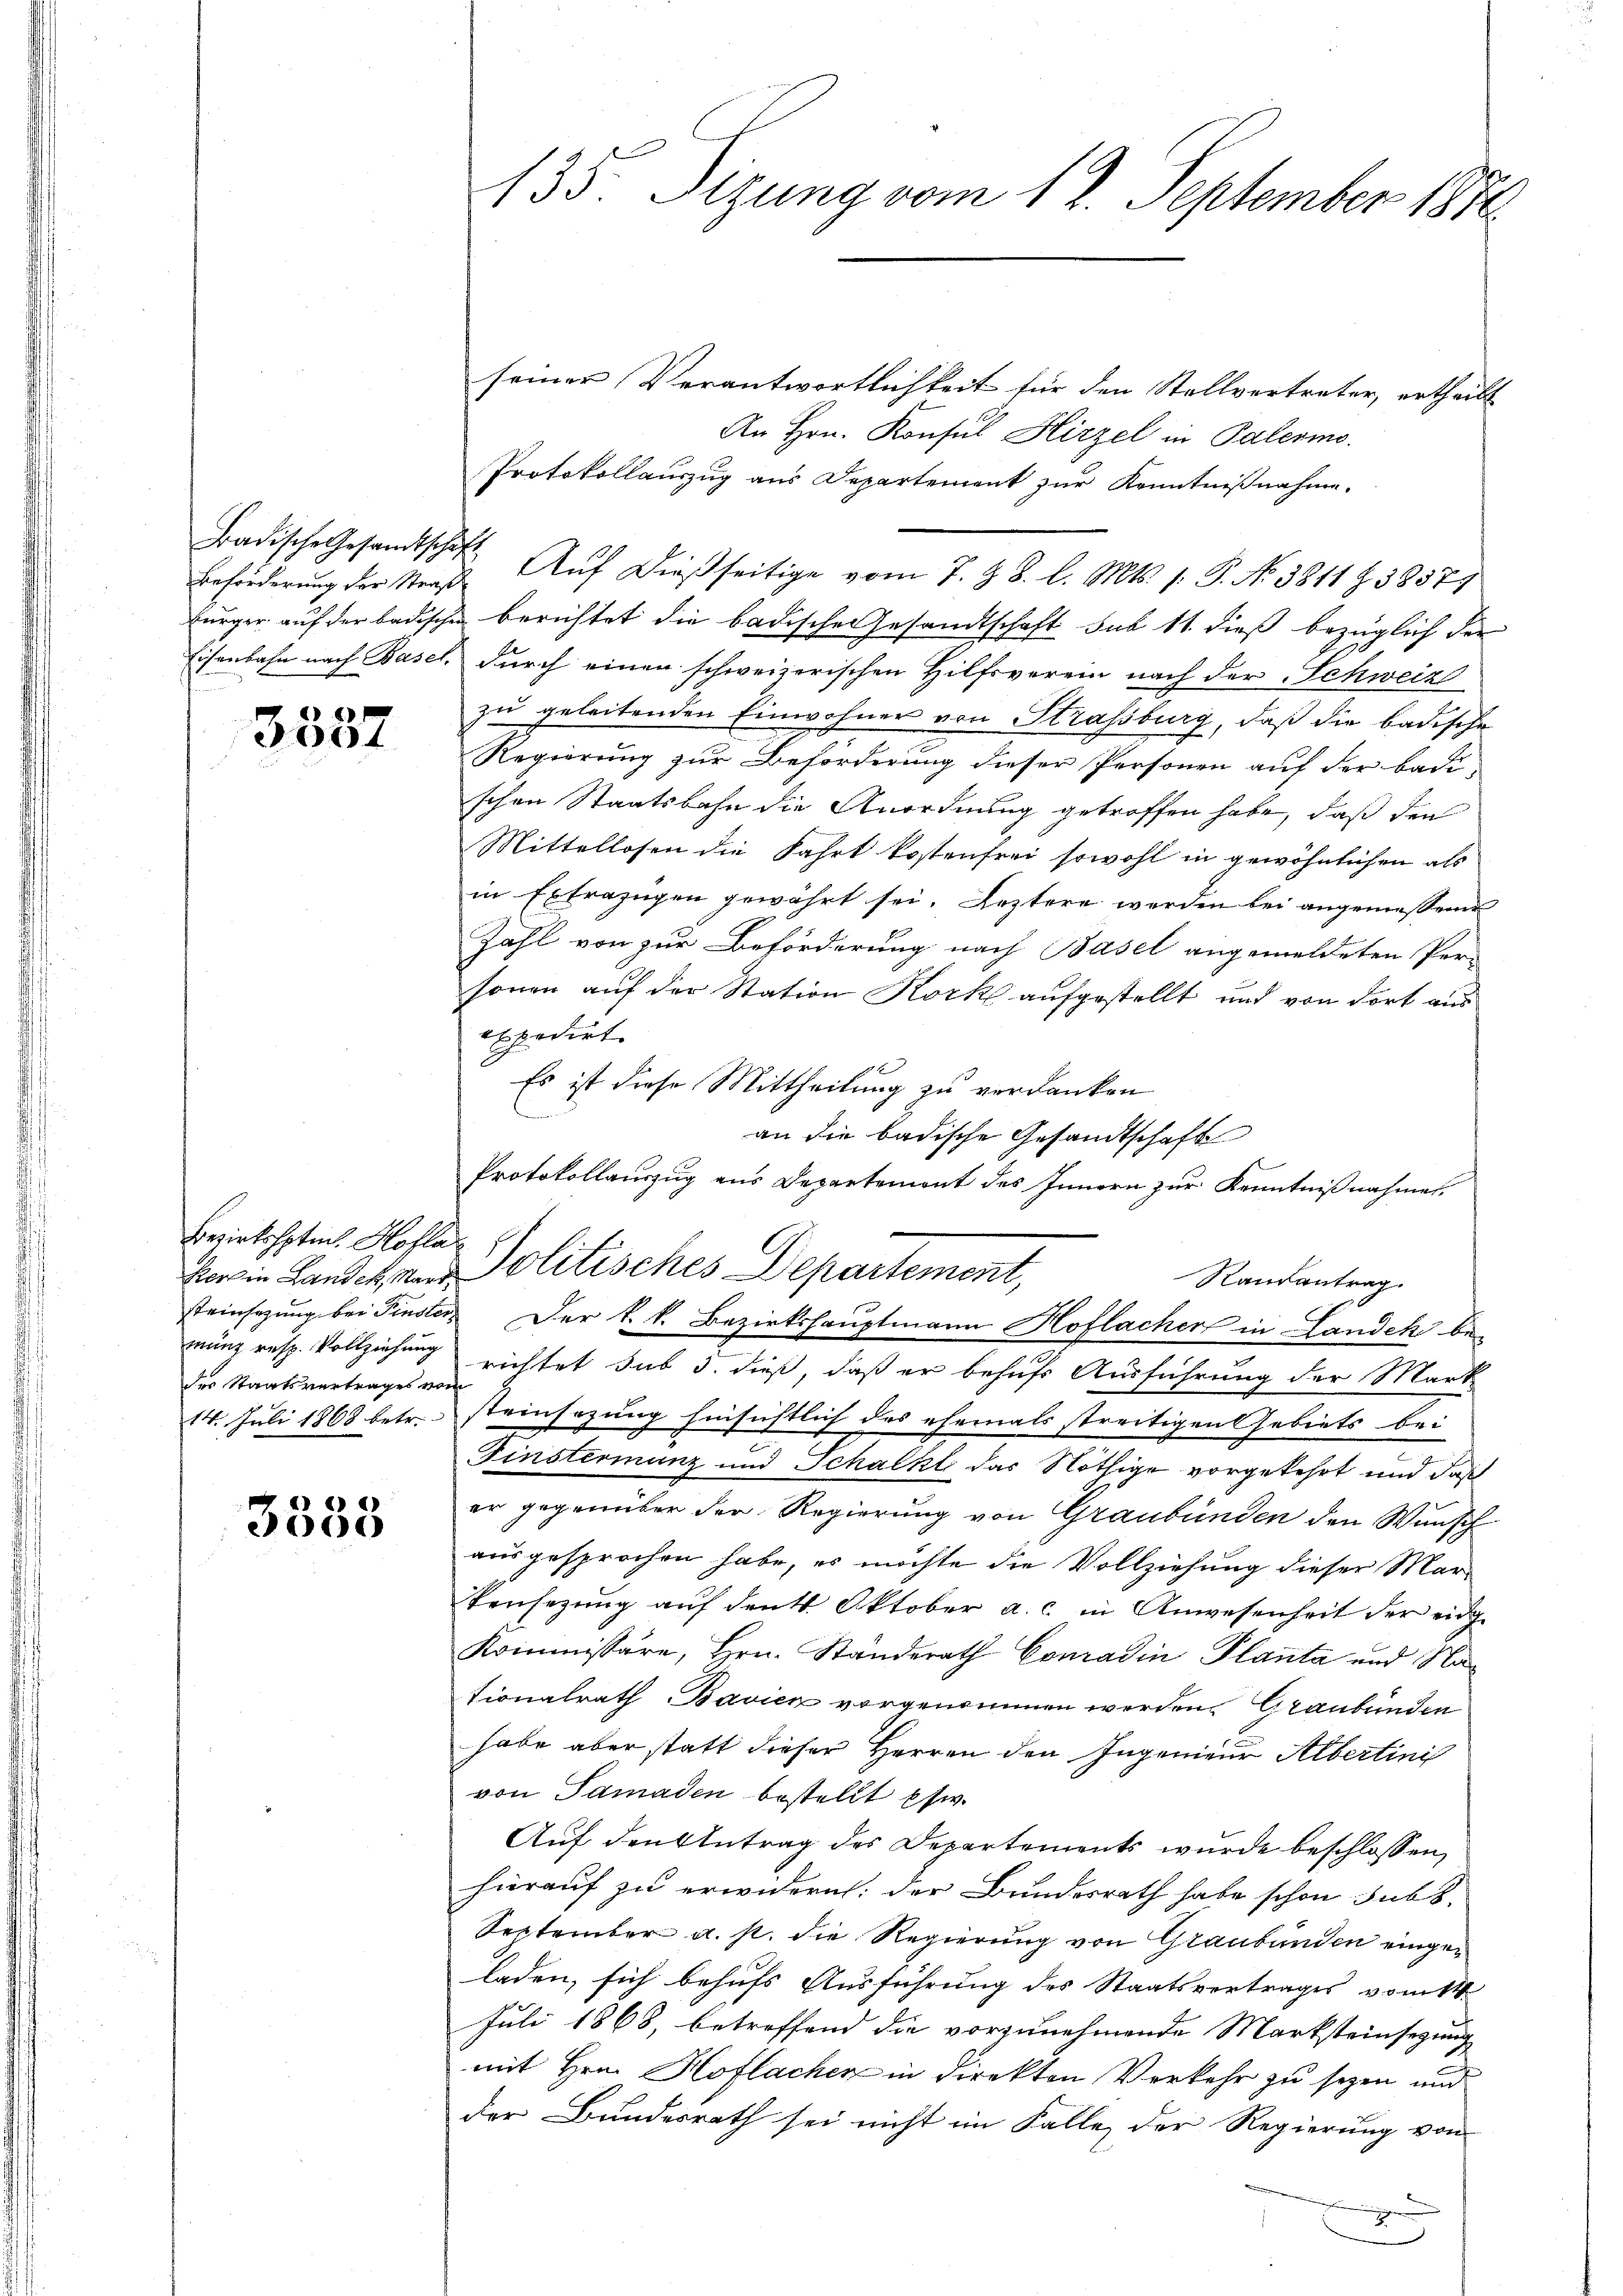
Badische Gesandtschaft

3537

Bezirkshptm. Hofla
des Staatsvertrages vom

2000

135. Sizung vom 12. September 1870

seiner Verantwortlichkeit für den Stellvertreter, ertheilt
An Hrn. Konsul Hirzel in Palermo
Protokollauszug aus Departement zur Kenntnißnahme.
Beförderŭng der Straβ Aŭf dießseitige vom 7. Z. 8. l. Mts. 1. P. No 3811 Z. 38577
bürger auf der badischen berichtet die badische Gesandtschaft sub 11. dieß bezüglich der
Eisenbahn nach Basel, durch einen schweizerischen Hilfsverein nach der Schweiz
zu geleitenden Einwohner von Strassburg, daß die badische
Regierung zur Beförderung dieser Personen auf der Badischen Staatsbahn die Anordnung getroffen habe, daß den
Mittellosen die Fahrt kostenfrei sowohl in gewöhnlichen als
in Extrazügen gewährt sei. Leztere werden bei angemessener
Zahl von zur Beförderung nach Basel angemeldeten Per-
sonen auf der Station Kork aufgestellt und von dort aus
expedirt.
Es ist diese Mittheilung zu verdanken
Randantrag.
münz resp. Vollziehung richtet sub 5. dieß, daß er behufs Ausführung der Mark
14. Juli 1868 betr. steinsazung hinsichtlich des ehemals streitigen Gebiets bei
Finstermanz und Schalkt das Nöthige vorgekehrt und daß
er gegenüber der Regierung von Graubünden den Wunsch
ausgesprochen habe, es möchte die Vollziehung dieser Mar¬
Vensezung aŭf denkt. Oktober a. c. in Anwesenheit der eidg
Kommissäre, Hrn. Standerath Conradin Planta und Nationalrath Bavien vorgenommen werden. Graubünden
habe aber statt dieser Herren den Ingenieur Albertini
von Samaden bestellt etw
Auf den Antrag des Departements wurde beschlossen,
hierauf zu erwidern: der Bundesrath habe schon subs
September a. s. die Regierung von Graubünden eingeladen, sich behufs Ausführung des Staatsvertrages vom 11.
Juli 1868, betroffend die vorzunehmende Marksteinsezung
mit Hrn. Hoflachen in direkten Verkehr zu sezen und
der Bundesrath sei nicht im Falle der Regierung von
g

an die badische Gesandtschaft
Protokollauszug aus Departement des Innern zur Kenntnißnahmet.
vor in Landelsans Politisches Departement,
steinsezung bei Finster Der k. k. Bezirkshauptmann Hoflacher in Landek be-